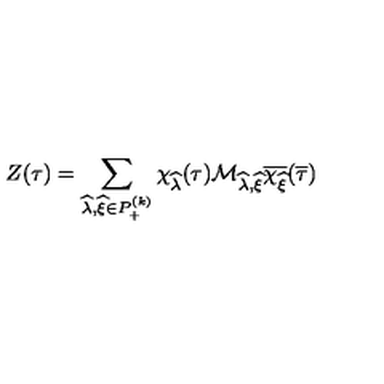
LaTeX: Z ( \tau ) = \sum _ { \widehat { \lambda } , \widehat { \xi } \in P _ { + } ^ { ( k ) } } \chi _ { \widehat { \lambda } } ( \tau ) { \cal M } _ { \widehat { \lambda } , \widehat { \xi } } \overline { { \chi _ { \widehat { \xi } } } } ( \overline { { \tau } } )